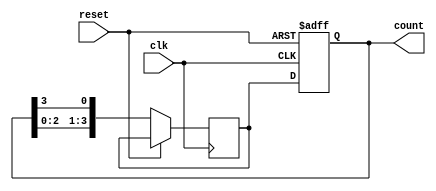
module johnson_counter (
  input clk,
  input reset,
  output reg [3:0] count
);

reg [3:0] next_count;

always @ (posedge clk or posedge reset) begin
  if (reset) begin
    count <= 4'b0000;
  end else begin
    next_count <= {count[2:0], count[3]};
    count <= next_count;
  end
end

endmodule